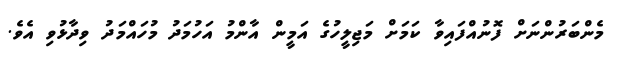
މެންބަރުންނަށް ފޮނުއްފައިވާ ކަމަށް މަޖިލީހުގެ އަމީން އާންމު އަހުމަދު މުހައްމަދު ވިދާޅުވި އެވެ.